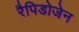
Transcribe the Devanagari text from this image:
रैपिडोजेन